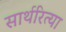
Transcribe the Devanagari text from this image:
सार्थरित्या